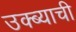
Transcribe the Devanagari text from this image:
उक्ब्याची